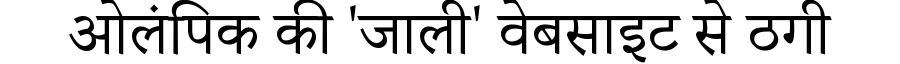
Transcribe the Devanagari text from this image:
ओलंपिक की 'जाली' वेबसाइट से ठगी